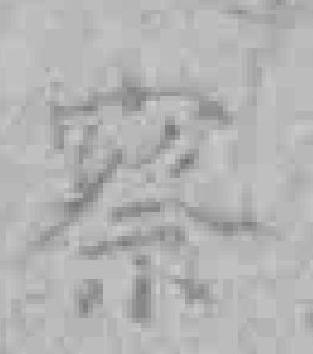
察